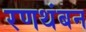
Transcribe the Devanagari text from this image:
रणथंबन